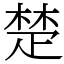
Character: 楚